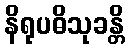
နိရုပဓိသုခန္တိ